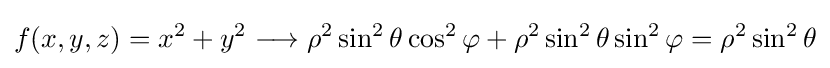
f(x,y,z)=x^{2}+y^{2}\longrightarrow \rho ^{2}\sin ^{2}\theta \cos ^{2}\varphi +\rho ^{2}\sin ^{2}\theta \sin ^{2}\varphi =\rho ^{2}\sin ^{2}\theta